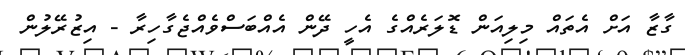
ގާޒާ އަށް އެތައް މިލިއަން ޑޮލަރެއްގެ އެހީ ދޭން އެއްބަސްވެއްޖެގާހިރާ - އިޒުރޭލުން